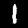
Label: 1